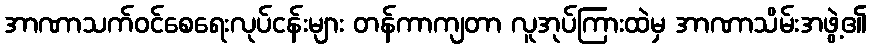
အာဏာသက်ဝင်စေရေးလုပ်ငန်းများ တန်ကာကျတာ လူအုပ်ကြားထဲမှ အာဏာသိမ်းအဖွဲ့၏